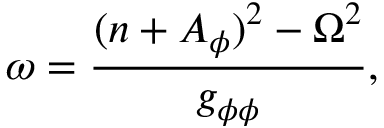
\omega = \frac { ( n + A _ { \phi } ) ^ { 2 } - \Omega ^ { 2 } } { g _ { \phi \phi } } ,